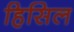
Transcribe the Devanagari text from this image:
हिसिल